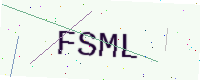
Text: FSML